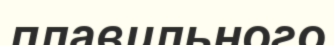
плавильного